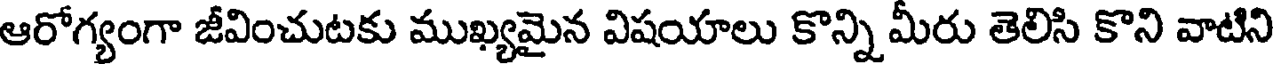
ఆరోగ్యంగా జీవించుటకు ముఖ్యమైన విషయాలు కొన్ని మీరు తెలిసి కొని వాటిని